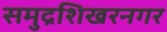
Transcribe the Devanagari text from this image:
समुद्रशिखरनगर